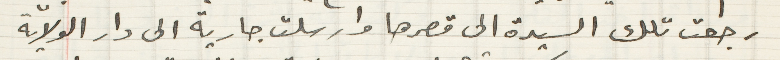
رجعت تلك السيدة الى قصرها وارسلت جارية الى دار الولاية